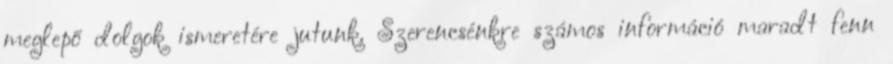
meglepő dolgok ismeretére jutunk. Szerencsénkre számos információ maradt fenn